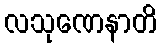
လသုဏေနာတိ